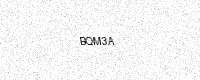
Text: BQM3A